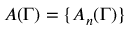
A ( \Gamma ) = \{ A _ { n } ( \Gamma ) \}